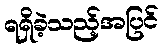
ရရှိခဲ့သည့်အပြင်